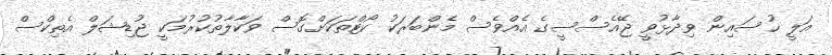
އަލީ ހުސައިން ވިދާޅުވީ ޖޭއެސްސީގެ އެއްވެސް މެންބަރަކު ކޯޓްތަކަށްގޮސް ވަކާލާތުކުރުމަކީ ޖުޑިޝަލް އެތިކްސް